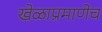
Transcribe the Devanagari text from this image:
खेळाप्रमाणेच